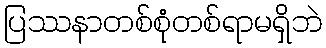
ပြဿနာတစ်စုံတစ်ရာမရှိဘဲ